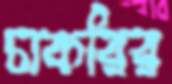
চাকরির